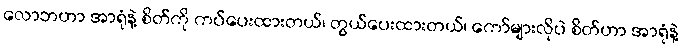
လောဘဟာ အာရုံနဲ့ စိတ်ကို ကပ်ပေးထားတယ်၊ တွယ်ပေးထားတယ်၊ ကော်များလိုပဲ စိတ်ဟာ အာရုံနဲ့